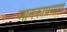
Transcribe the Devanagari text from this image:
मानकाप्रमाणे